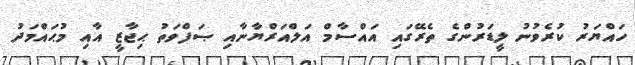
ހައްޔަރު ކުރެވުނު ލީޑަރުންގެ ތެރޭގައި އައްސާމް އަލްއަރްޔާނާއި ޞަފްވަތު ޙިޖާޒީ އާއި މުޙައްމަދު